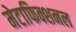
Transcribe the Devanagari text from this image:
मेटाफिक्शनल